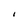
Character: I